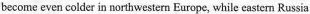
become even colder in northwestern Europe, while castern Russia